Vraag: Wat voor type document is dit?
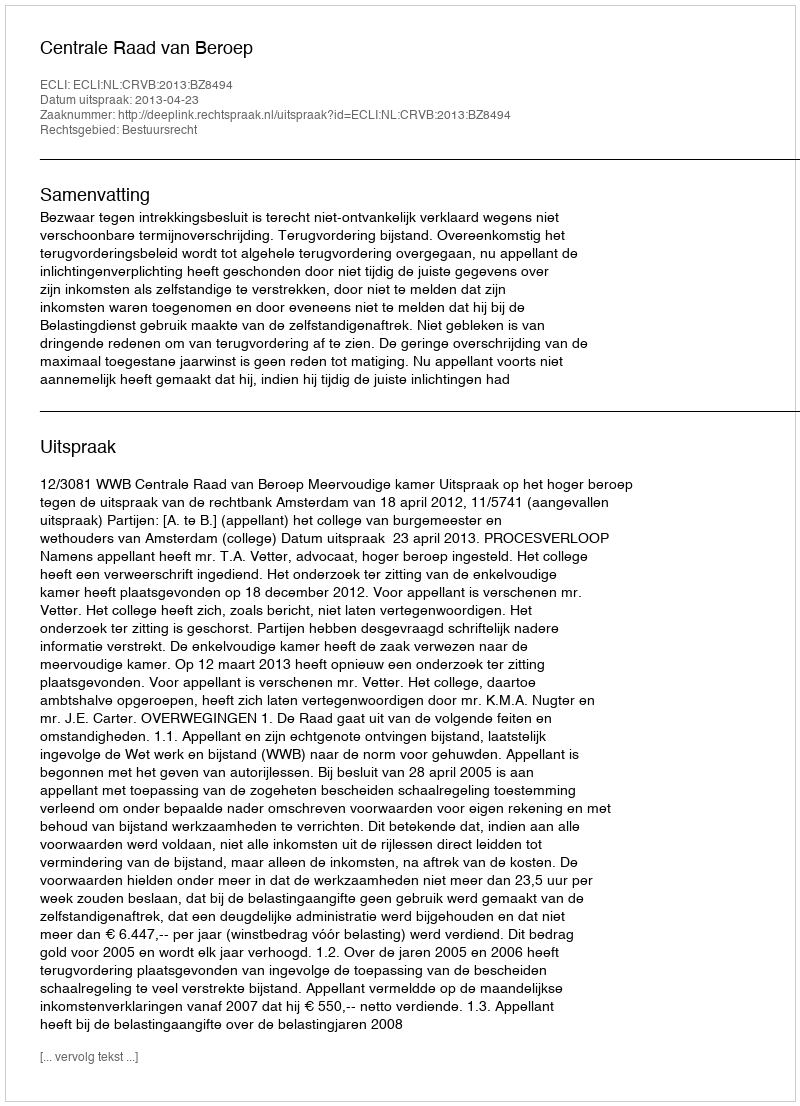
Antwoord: Uitspraak